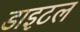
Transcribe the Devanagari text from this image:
डाइटल